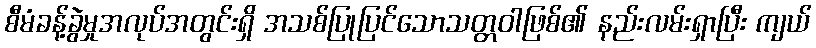
စီမံခန့်ခွဲမှုအလုပ်အတွင်းရှိ အသစ်ပြုပြင်သောသတ္တဝါဖြစ်၏ နည်းလမ်းရှာပြီး ကျယ်